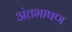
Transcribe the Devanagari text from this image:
अंतभाषण